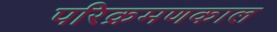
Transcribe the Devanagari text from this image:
परिक्रमणकाल